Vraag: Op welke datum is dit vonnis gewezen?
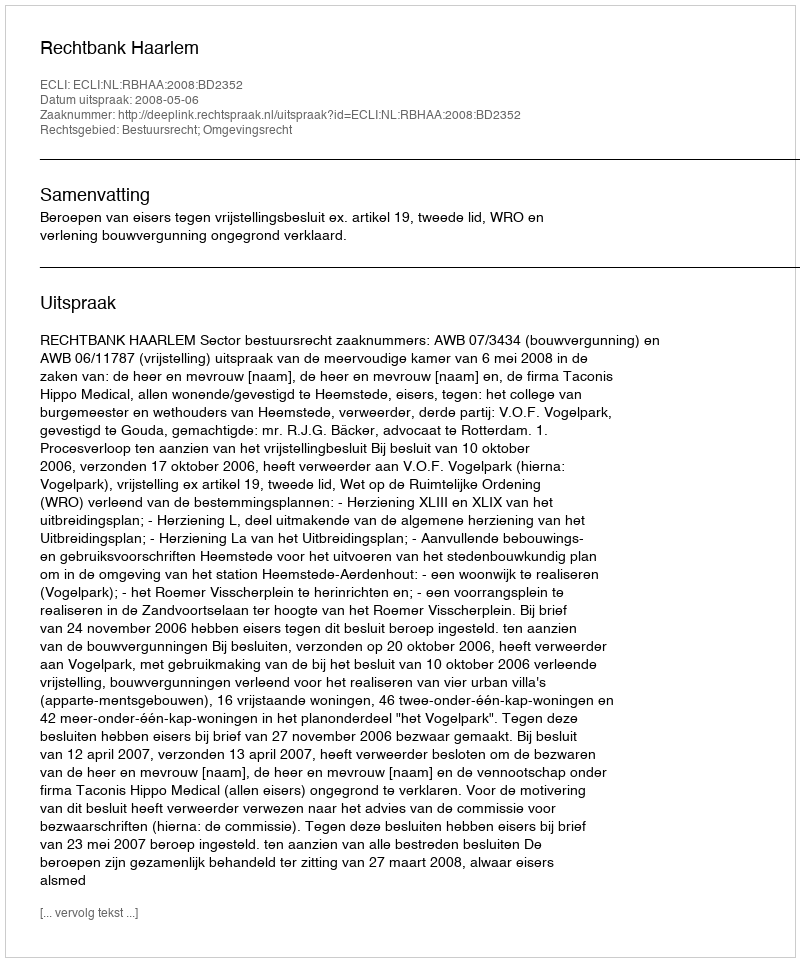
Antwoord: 2008-05-06